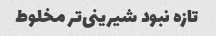
تازه نبود شیرینى‌تر مخلوط